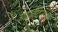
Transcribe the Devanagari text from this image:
आजदिन